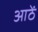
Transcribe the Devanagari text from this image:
आठें